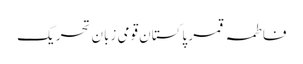
فاطمہ قمر پاکستان قومی زبان تحریک